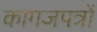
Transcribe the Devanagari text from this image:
कागजपत्रों